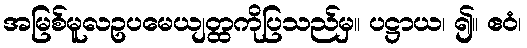
အမြစ်မူလဥပမေယျတ္ထကိုပြသည်မှ။ ပဋ္ဌာယ၊ ၍။ ဧဝံ၊